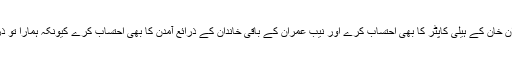
سابق وزیراعظم نے مطالبہ کیا کہ نیب عمران خان کے ہیلی کاپٹر کا بھی احتساب کرے اور نیب عمران کے باقی خاندان کے ذرائع آمدن کا بھی احتساب کرے کیونکہ ہمارا تو ذرائع آمدن کا ریکارڈ 1937 سے موجود ہے۔